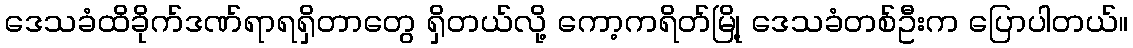
ဒေသခံထိခိုက်ဒဏ်ရာရရှိတာတွေ ရှိတယ်လို့ ကော့ကရိတ်မြို့ ဒေသခံတစ်ဦးက ပြောပါတယ်။